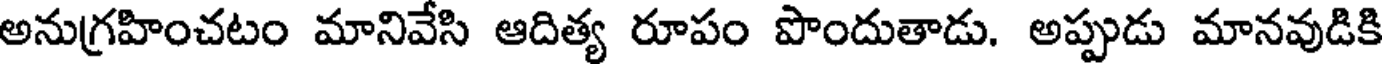
అనుగ్రహించటం మానివేసి ఆదిత్య రూపం పొందుతాడు. అప్పుడు మానవుడికి